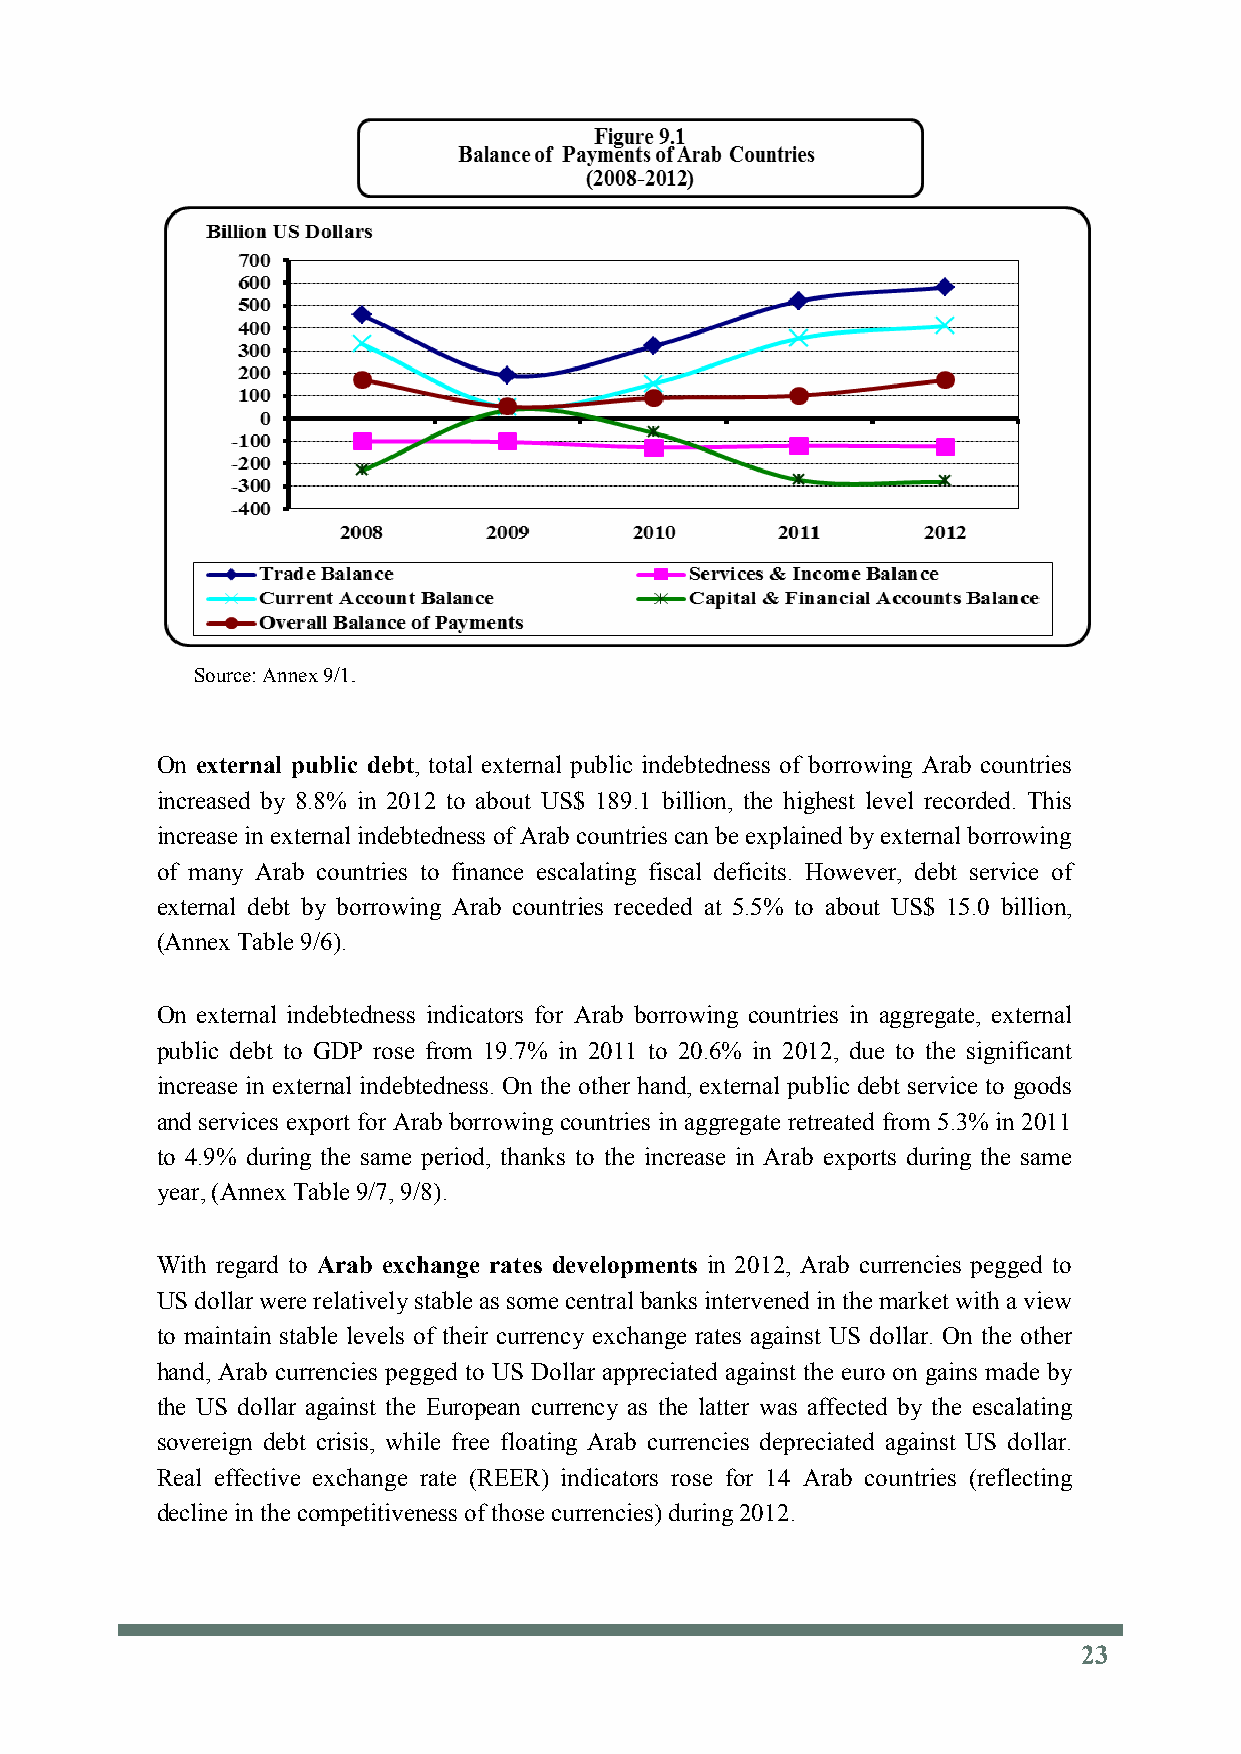
Source: Annex 9/1.
 On external public debt, total external public indebtedness of borrowing Arab countries
 increased by 8.8% in 2012 to about US$ 189.1 billion, the highest level recorded. This
 increase in external indebtedness of Arab countries can be explained by external borrowing
 of many Arab countries to finance escalating fiscal deficits. However, debt service of
 external debt by borrowing Arab countries receded at 5.5% to about US$ 15.0 billion,
 (Annex Table 9/6).
 On external indebtedness indicators for Arab borrowing countries in aggregate, external
 public debt to GDP rose from 19.7% in 2011 to 20.6% in 2012, due to the significant
 increase in external indebtedness. On the other hand, external public debt service to goods
 and services export for Arab borrowing countries in aggregate retreated from 5.3% in 2011
 to 4.9% during the same period, thanks to the increase in Arab exports during the same
 year, (Annex Table 9/7, 9/8).
 With regard to Arab exchange rates developments in 2012, Arab currencies pegged to
 US dollar were relatively stable as some central banks intervened in the market with a view
 to maintain stable levels of their currency exchange rates against US dollar. On the other
 hand, Arab currencies pegged to US Dollar appreciated against the euro on gains made by
 the US dollar against the European currency as the latter was affected by the escalating
 sovereign debt crisis, while free floating Arab currencies depreciated against US dollar.
 Real effective exchange rate (REER) indicators rose for 14 Arab countries (reflecting
 decline in the competitiveness of those currencies) during 2012.
 23
 23